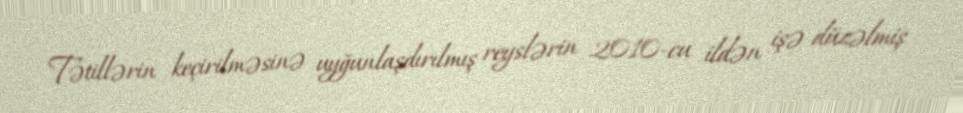
Tətillərin keçirilməsinə uyğunlaşdırılmış reyslərin 2010-cu ildən işə düzəlmiş